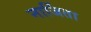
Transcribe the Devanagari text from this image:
नार्जिता